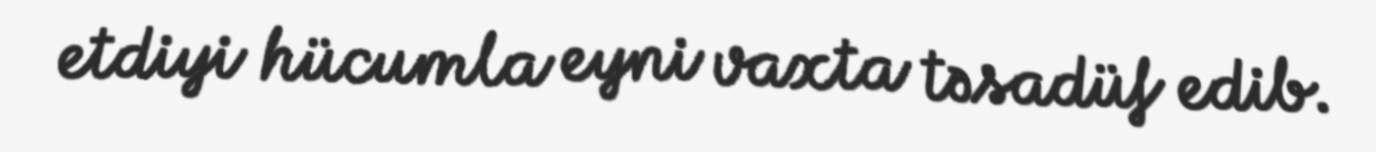
etdiyi hücumla eyni vaxta təsadüf edib.